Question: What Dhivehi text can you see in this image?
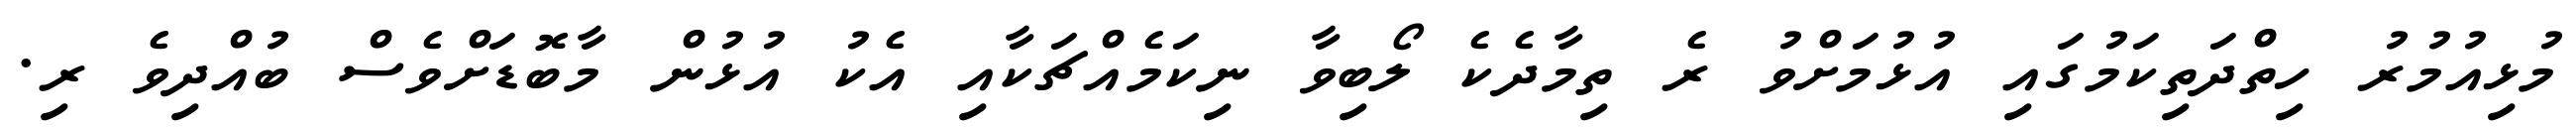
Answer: މުޅިއުމުރު ހިތްދަތިކަމުގައި އުޅުމަށްވު ރެ ތިމާދެކެ ލޯބިވާ ނިކަމެއްޗަކާއި އެކު އުޅުން މާބޮޑަށްވެސް ބުއްދިވެ ރި.